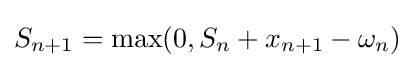
S_{n+1}=\max(0,S_{n}+x_{n+1}-\omega _{n})